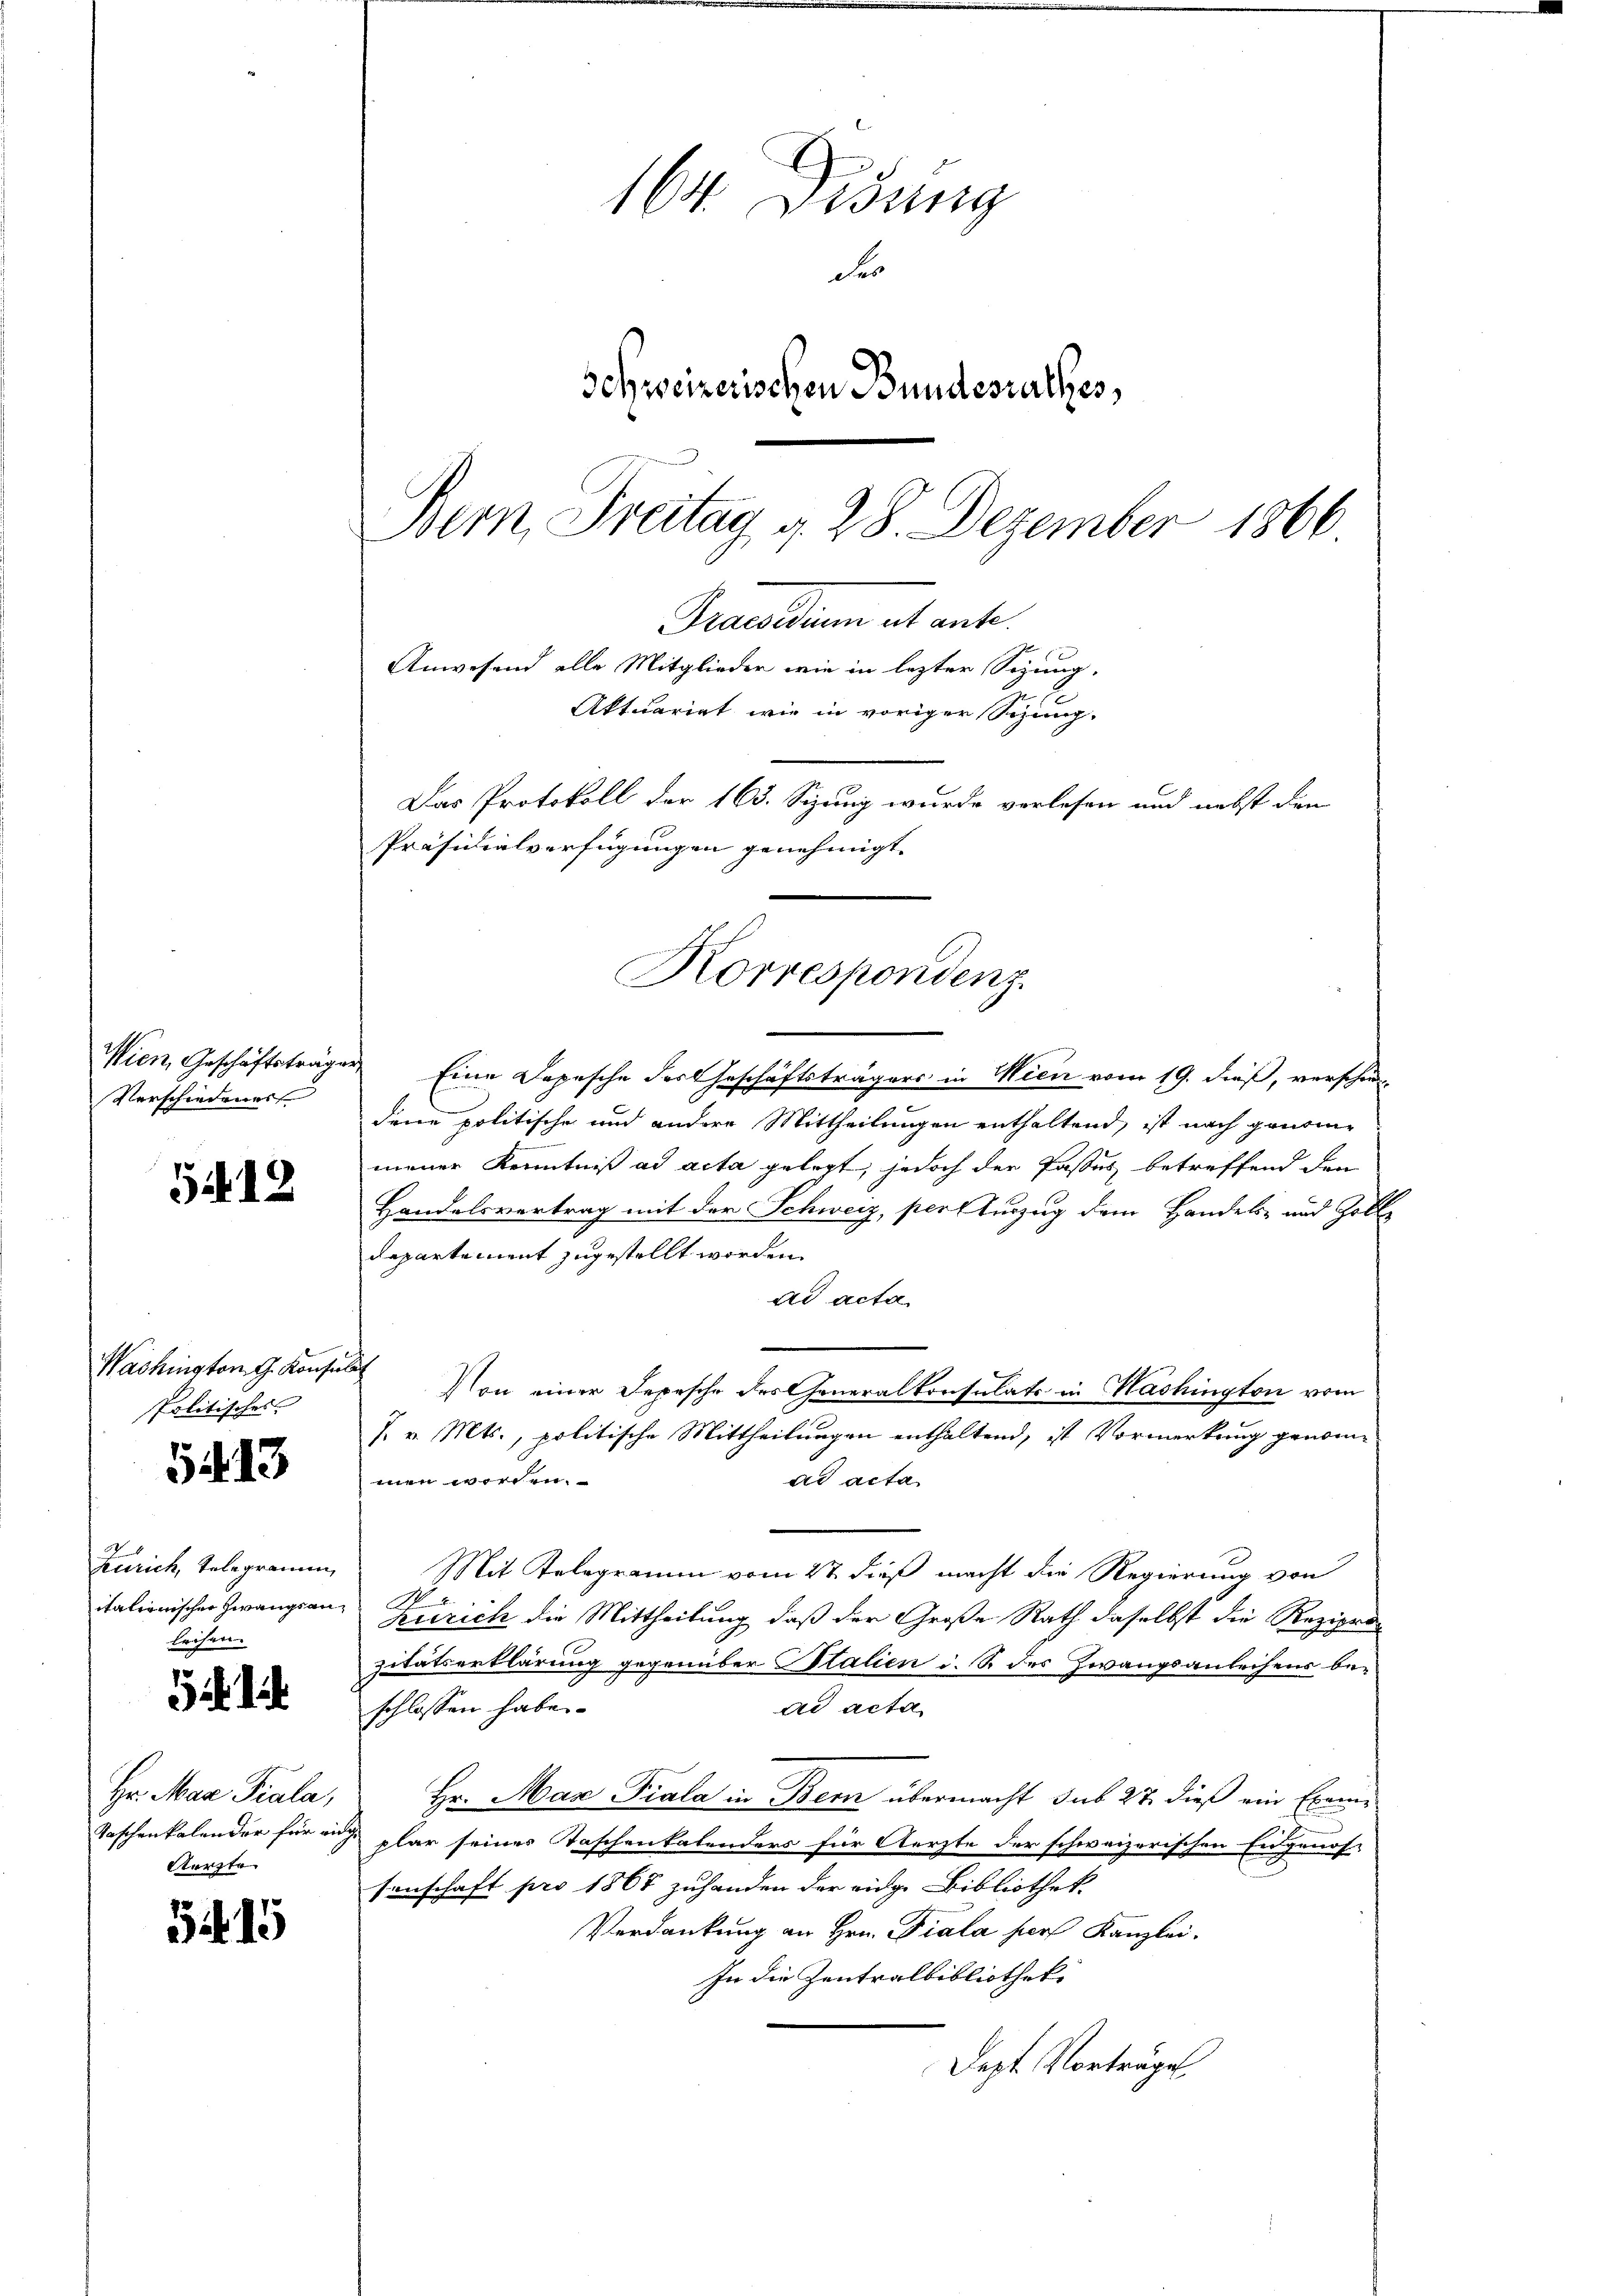
Wien, Geschäftsträger
Verschiedener

5412

Washington G. Konsulat
Politisches

5413

Zürich, Telegramm,
italienischer Zwangsanleihen.

Hr. Max Piala,
Taschenkalender für rich
Aerzte

5415

Korrespondenz

164. Didung
de
Schweizerischen Bundesrathes,
Bern Freitag d. 28. Dezember 1866
Praesidium et ante
Anwesend alle Mitglieder wie in lezter Sizung,
Aktuariat wie in voriger Sitzung.
Das Protokoll der 163. Sizung wurde verlesen und nebst den
Präsidialverfügungen genehmigt.

Eine Depesche des Geschäftsträgers in Wien vom 19. dieß, verschiedene politische und andere Mittheilungen enthaltend, ist nach genome
meiner Kenntniß ad acta gelegt, jedoch der Passus betreffend den
Handelsvertrag mit der Schweiz, per Zuzug dem Handels- und Zolle
Departement zugestellt worden.
ad acta
Von einer Depesche des Generalkonsulats in Washington vom
7. v. Mts., politische Mittheilungen enthaltend, ist Vormerkung genommen worden.
ad acta
Mit Telegramm vom 2t dieß macht die Regierung von
Zürich die Mittheilung, daß der Große Rath daselbst die Reziprozitätserklärung gegenüber Plalien i. B. des Zwangsanleihens bead acta
schlossen habe.
Hr. Max Piala in Bern übermacht sub 27. dieß ein Exemplar seines Taschenkalenders für Aerzte der schweizerischen Eidgenos-
senschaft pro 1867 zuhanden der eidge Bibliothek
Verdankung an Hrn. Fiala her Kanzlei.
In die Zentralbibliotheke
Dept. Vorträge